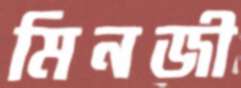
মিনজী